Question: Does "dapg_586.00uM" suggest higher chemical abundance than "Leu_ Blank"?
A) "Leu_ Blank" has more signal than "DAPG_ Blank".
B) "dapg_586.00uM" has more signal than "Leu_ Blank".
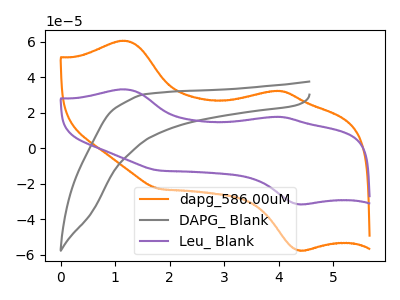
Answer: <think>The orange curve "dapg_586.00uM" has anodic peaks at (1.20V, 60.70uA) (4.00V, 32.40uA) and cathodic peaks at (4.40V, -57.65uA) (1.80V, -22.90uA). The gray curve "DAPG_ Blank" has no peaks. The purple curve "Leu_ Blank" has anodic peaks at (1.20V, 33.25uA) (4.00V, 17.75uA) and cathodic peaks at (4.40V, -31.60uA) (1.80V, -12.55uA).
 All the peaks in "dapg_586.00uM" have a peak in "Leu_ Blank" at the same potential. Every peak in "dapg_586.00uM" is higher than every peak in "Leu_ Blank".</think>
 <answer>B) "dapg_586.00uM" has more signal than "Leu_ Blank".</answer>
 <eval>B</eval>